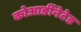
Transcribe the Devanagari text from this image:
कोआर्डीनेटेड